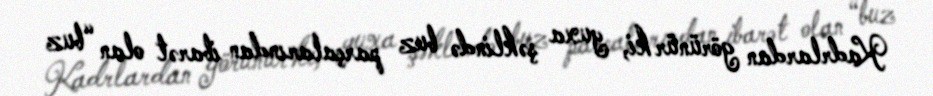
Kadrlardan görünür ki, yuxa şəklində buz parçalarından ibarət olan “buz